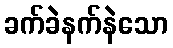
ခက်ခဲနက်နဲသော